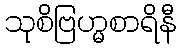
သုစိဗြဟ္မစာရိနီ